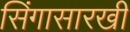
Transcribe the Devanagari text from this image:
सिंगासारखी